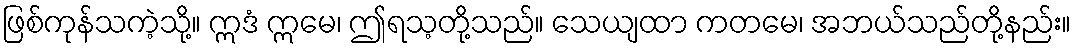
ဖြစ်ကုန်သကဲ့သို့။ ဣဒံ ဣမေ၊ ဤရသ့တို့သည်။ သေယျထာ ကတမေ၊ အဘယ်သည်တို့နည်း။